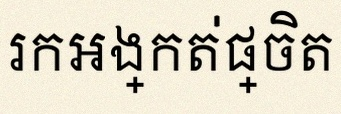
រកអង្កត់ផ្ចិត